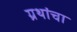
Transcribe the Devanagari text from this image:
ग्रथांचा